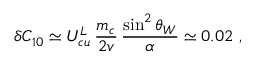
\delta C _ { 1 0 } \simeq U _ { c u } ^ { L } \, \frac { m _ { c } } { 2 v } \, \frac { \sin ^ { 2 } \theta _ { W } } { \alpha } \simeq 0 . 0 2 ~ ,